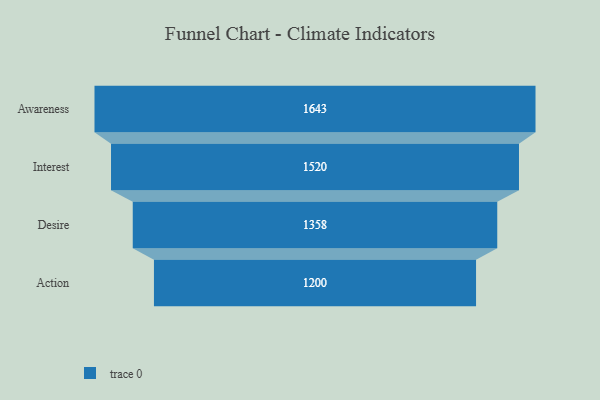
{"axis": {"x": "Stage", "y": "Value"}, "legend": [""], "data": [{"x": "Awareness", "y": 1643.0, "type": ""}, {"x": "Interest", "y": 1520.0, "type": ""}, {"x": "Desire", "y": 1358.0, "type": ""}, {"x": "Action", "y": 1200.0, "type": ""}]}